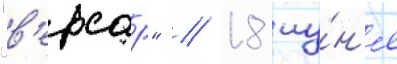
"в'ерсар" // 18 иу́н'я